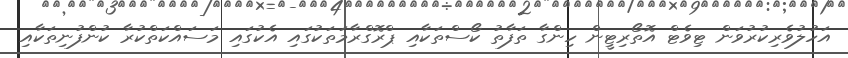
އަހުލުވެރިކުރުވަން ޓިވެޓް އޮތޯރިޓީން ހިންގާ ތަފާތު ކޯސްތަކާއި ޕްރޮގްރާމަތަކުގައި އެކުގައި މަސައްކަތްކުރާ ކުންފުނިތަކާއި